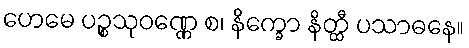
ဟေမေ ပဉ္စသုဝဏ္ဏေ စ၊ နိက္ခော နိတ္ထီ ပသာဓနေ။